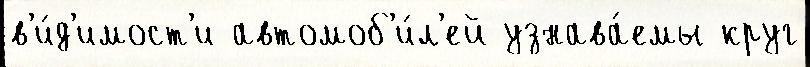
в'и́д'имост'и автомоб'и́л'ей узнава́емы круг